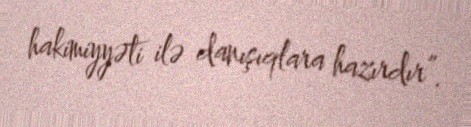
hakimiyyəti ilə danışıqlara hazırdır”.